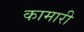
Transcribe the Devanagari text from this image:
कामारी